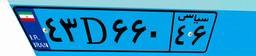
۴۳D۶۶۰۴۶